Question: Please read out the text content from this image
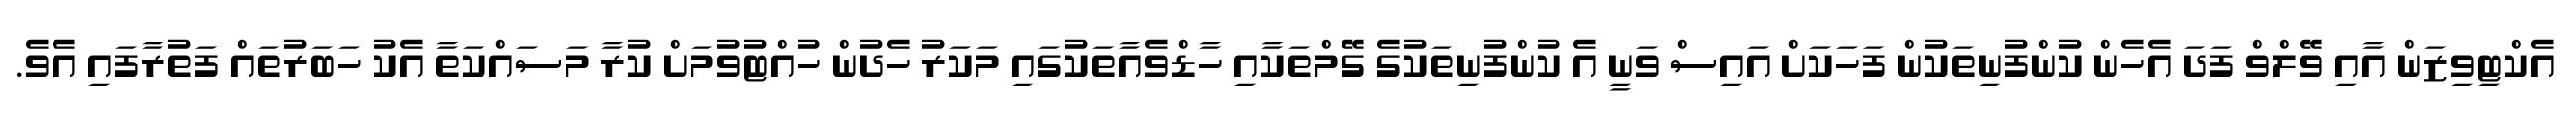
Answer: އެކްޓިވިޒަން އާއި ވޭލްވް ފަދަ އެހެން ކުންފުނިތަކުން ފަހަކަށް އައިސް ވަނީ އެ ކުންފުނިތަކުގެ ގޭމްތަކާއި ހާޑްވެއާތަކުގައި މަކަރު ހެދުން ހުއްޓުވުމަށް ކުރާ މަސައްކަތާ އެކު ހަބަރުތައް ފަތުރާފައި އެވެ.